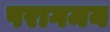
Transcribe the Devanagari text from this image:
परागमय